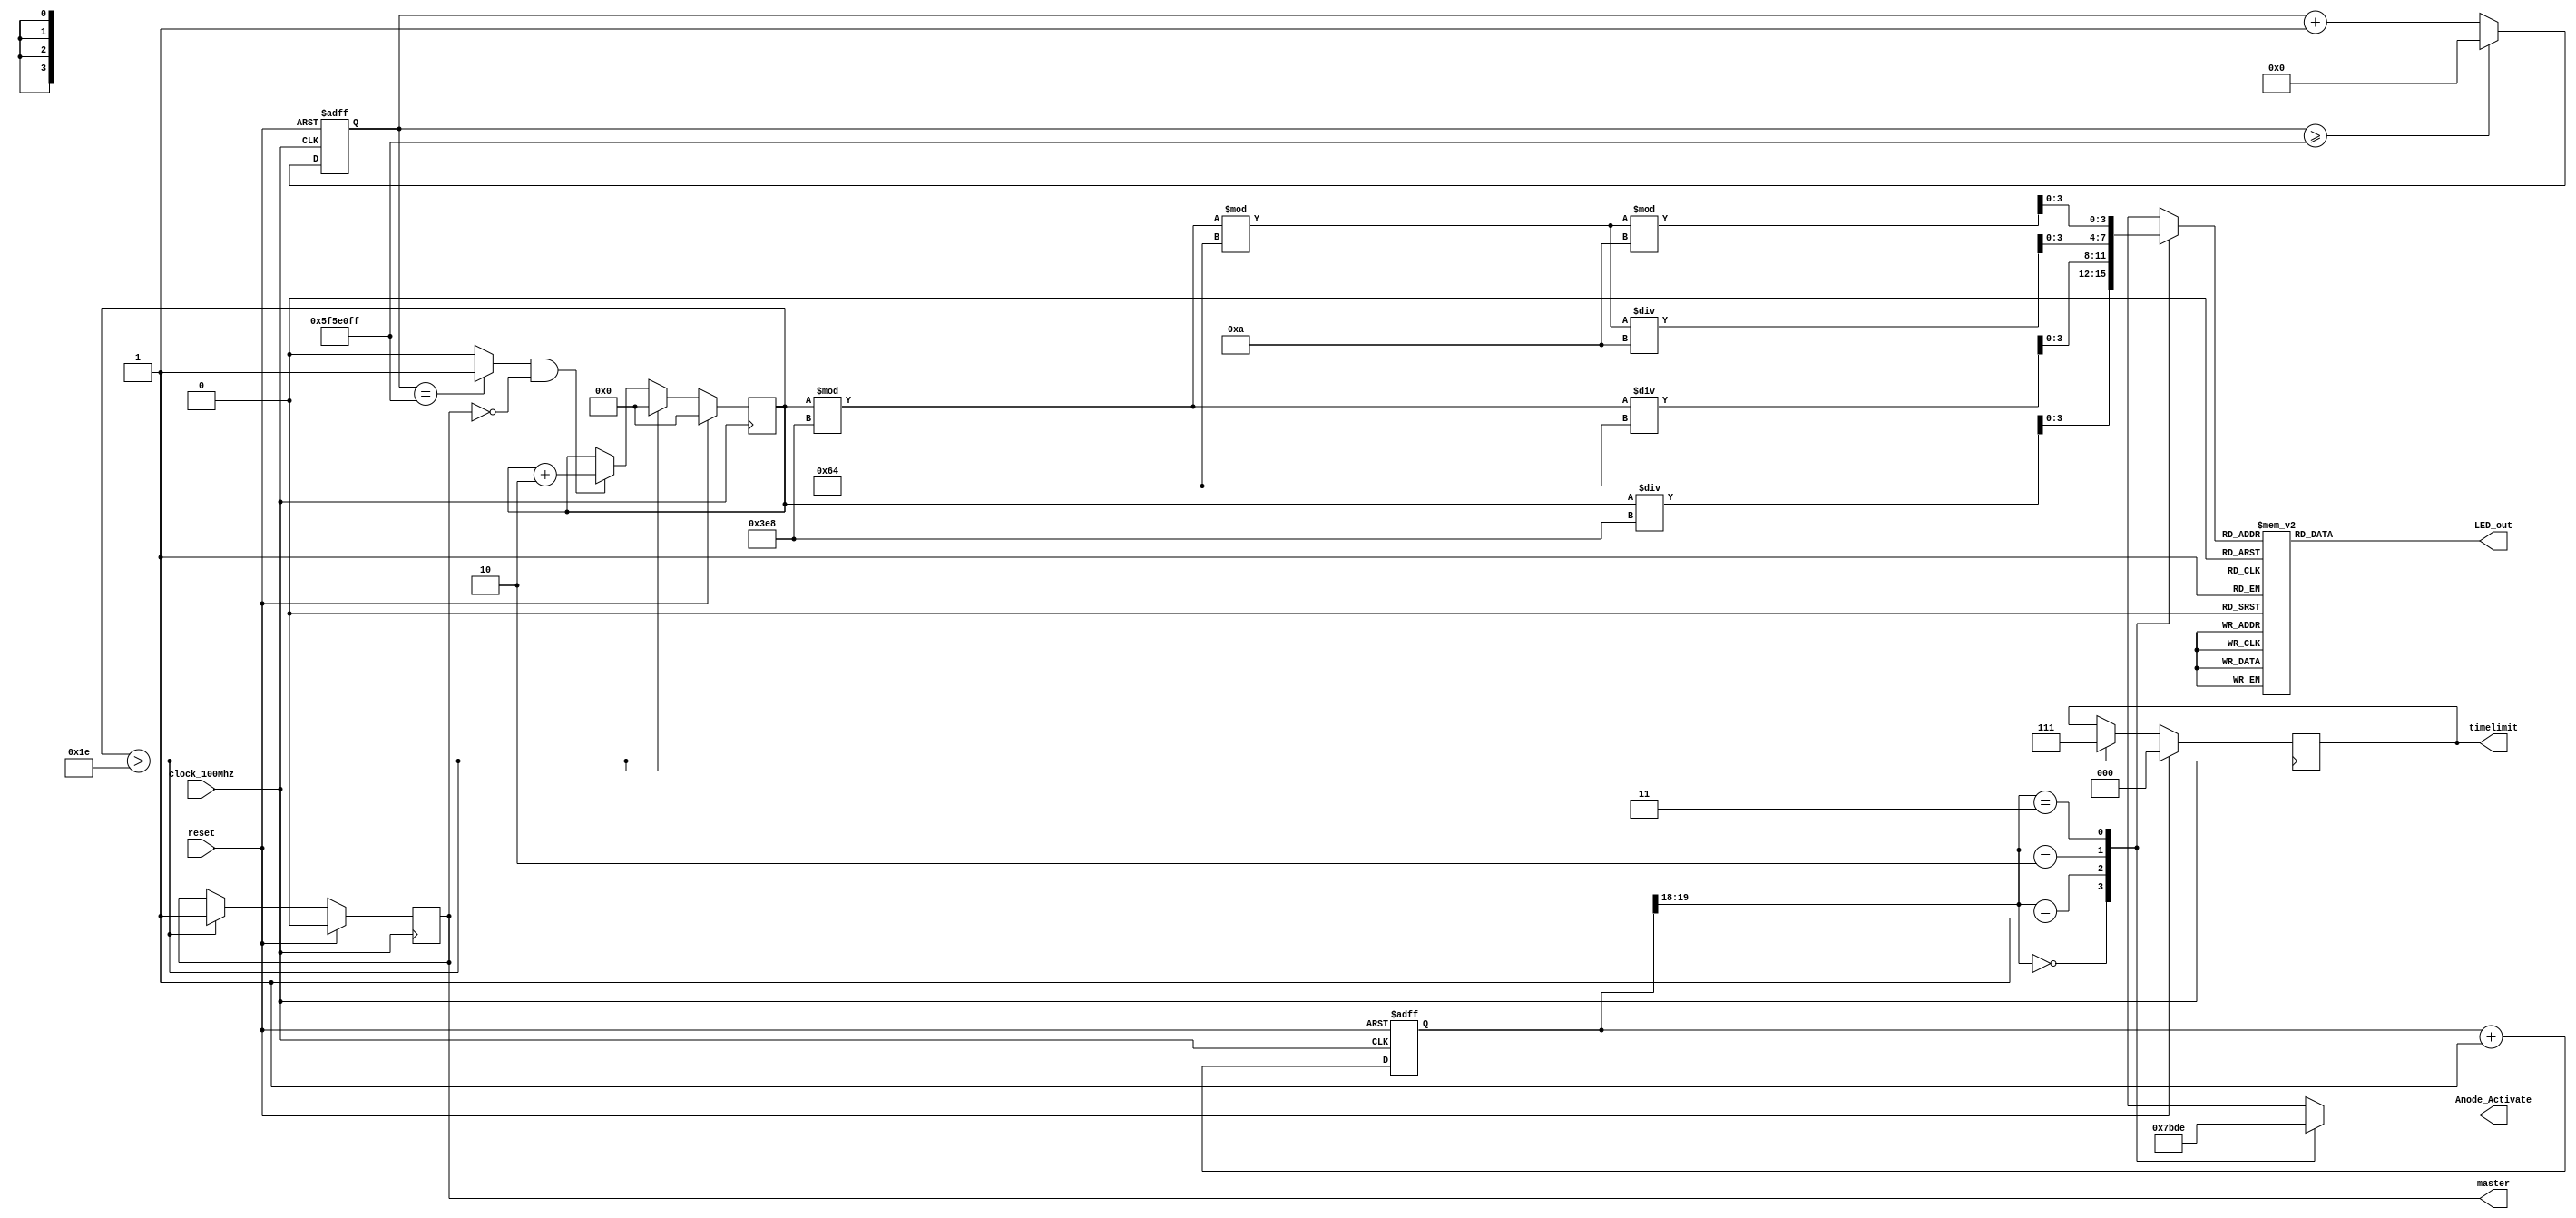
`timescale 1ns / 1ps
//////////////////////////////////////////////////////////////////////////////////
// Company: 
// Engineer: 
// 
// Design Name: 
// Module Name: Seven_segment_LED_Display_Controller
// Project Name: 
// Target Devices: 
// Tool Versions: 
// Description: 
// 
// Dependencies: 
// 
// Revision:
// Revision 0.01 - File Created
// Additional Comments:
// 
//////////////////////////////////////////////////////////////////////////////////


module score(
   input clock_100Mhz, // 100 Mhz clock source on Basys 3 FPGA
   output master,
    input reset,
    output reg [2:0] timelimit,
    output reg [3:0] Anode_Activate, // anode signals of the 7-segment LED display
    output reg [6:0] LED_out// cathode patterns of the 7-segment LED display
    );
    reg [26:0] one_second_counter; // counter for generating 1 second clock enable
    wire one_second_enable;// one second enable for counting numbers
    reg [15:0] displayed_number; // counting number to be displayed
    reg [3:0] LED_BCD;
    reg [19:0] refresh_counter; // 20-bit for creating 10.5ms refresh period or 380Hz refresh rate
             // the first 2 MSB bits for creating 4 LED-activating signals with 2.6ms digit period
    wire [1:0] LED_activating_counter; 
                 // count     0    ->  1  ->  2  ->  3
              // activates    LED1    LED2   LED3   LED4
             // and repeat
    
    reg temp = 1'b0;
    always @(posedge clock_100Mhz or posedge reset)
    begin
        if(reset==1)
            one_second_counter <= 0;
        else begin
            if(one_second_counter>=99999999) 
                 one_second_counter <= 0;
            else
                one_second_counter <= one_second_counter + 1;
        end
    end 
    assign one_second_enable = (one_second_counter==99999999)?1:0;
    always @(posedge clock_100Mhz )
    begin
        if(reset==1)
        begin
            displayed_number <= 0;
          timelimit <= 3'b000;  
          temp = 1'b0;  
        end
        else if (displayed_number > 30) begin
                displayed_number <=0;
                timelimit <= 3'b111;
                temp <= 1'b1;
                
        end        
//       if(timelimit == 3'b111)
//       begin
//        temp = 1'b0;
//        end
        else if(one_second_enable==1  && temp ==1'b0)
            displayed_number <= displayed_number + 2;
//        if(displayed_number ==2)
//       begin
//        temp = 1'b0;
//        end
    end
    assign master = temp;
    always @(posedge clock_100Mhz or posedge reset)
    begin 
        if(reset==1)
            refresh_counter <= 0;
        else
            refresh_counter <= refresh_counter + 1;
    end 
    assign LED_activating_counter = refresh_counter[19:18];
    // anode activating signals for 4 LEDs, digit period of 2.6ms
    // decoder to generate anode signals 
    always @(*)
    begin
        case(LED_activating_counter)
        2'b00: begin
            Anode_Activate = 4'b0111; 
            // activate LED1 and Deactivate LED2, LED3, LED4
            LED_BCD = displayed_number/1000;
            // the first digit of the 16-bit number
              end
        2'b01: begin
            Anode_Activate = 4'b1011; 
            // activate LED2 and Deactivate LED1, LED3, LED4
            LED_BCD = (displayed_number % 1000)/100;
            // the second digit of the 16-bit number
              end
        2'b10: begin
            Anode_Activate = 4'b1101; 
            // activate LED3 and Deactivate LED2, LED1, LED4
            LED_BCD = ((displayed_number % 1000)%100)/10;
            // the third digit of the 16-bit number
                end
        2'b11: begin
            Anode_Activate = 4'b1110; 
            // activate LED4 and Deactivate LED2, LED3, LED1
            LED_BCD = ((displayed_number % 1000)%100)%10;
            // the fourth digit of the 16-bit number    
               end
        endcase
    end
    // Cathode patterns of the 7-segment LED display 
    always @(*)
    begin
        case(LED_BCD)
        4'b0000: LED_out = 7'b0000001; // "0"     
        4'b0001: LED_out = 7'b1001111; // "1" 
        4'b0010: LED_out = 7'b0010010; // "2" 
        4'b0011: LED_out = 7'b0000110; // "3" 
        4'b0100: LED_out = 7'b1001100; // "4" 
        4'b0101: LED_out = 7'b0100100; // "5" 
        4'b0110: LED_out = 7'b0100000; // "6" 
        4'b0111: LED_out = 7'b0001111; // "7" 
        4'b1000: LED_out = 7'b0000000; // "8"     
        4'b1001: LED_out = 7'b0000100; // "9" 
        default: LED_out = 7'b0000001; // "0"
        endcase
    end
    endmodule